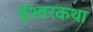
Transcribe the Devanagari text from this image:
ईश्वरकथा